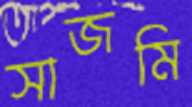
সাজমি